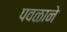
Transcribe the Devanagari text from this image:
पवळाने